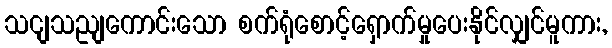
သငျသညျကောင်းသော စက်ရုံစောင့်ရှောက်မှုပေးနိုင်လျှင်မူကား,